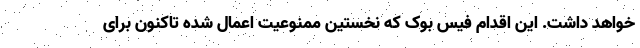
خواهد داشت. این اقدام فیس بوک که نخستین ممنوعیت اعمال شده تاکنون برای